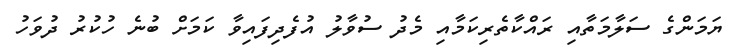
ޔަމަންގެ ސަލާމަތާއި ރައްކާތެރިކަމާއި މެދު ސުވާލު އުފެެދިފައިވާ ކަމަށް ބުނެ ހުކުރު ދުވަހު